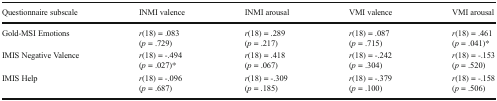
| Questionnaire subscale | INMI valence | INMI arousal | VMI valence | VMI arousal |
 | --- | --- | --- | --- | --- |
 | Gold-MSI Emotions | r(18) = .083(p = .729) | r(18) = .289(p = .217) | r(18) = .087(p = .715) | r(18) = .461(p = .041)* |
 | IMIS Negative Valence | r(18) = -.494(p = .027)* | r(18) = .418(p = .067) | r(18) = -.242(p = .304) | r(18) = -.153(p = .520) |
 | IMIS Help | r(18) = -.096(p = .687) | r(18) = -.309(p = .185) | r(18) = -.379(p = .100) | r(18) = -.158(p = .506) |